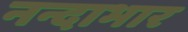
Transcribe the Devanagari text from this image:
नन्दाभार